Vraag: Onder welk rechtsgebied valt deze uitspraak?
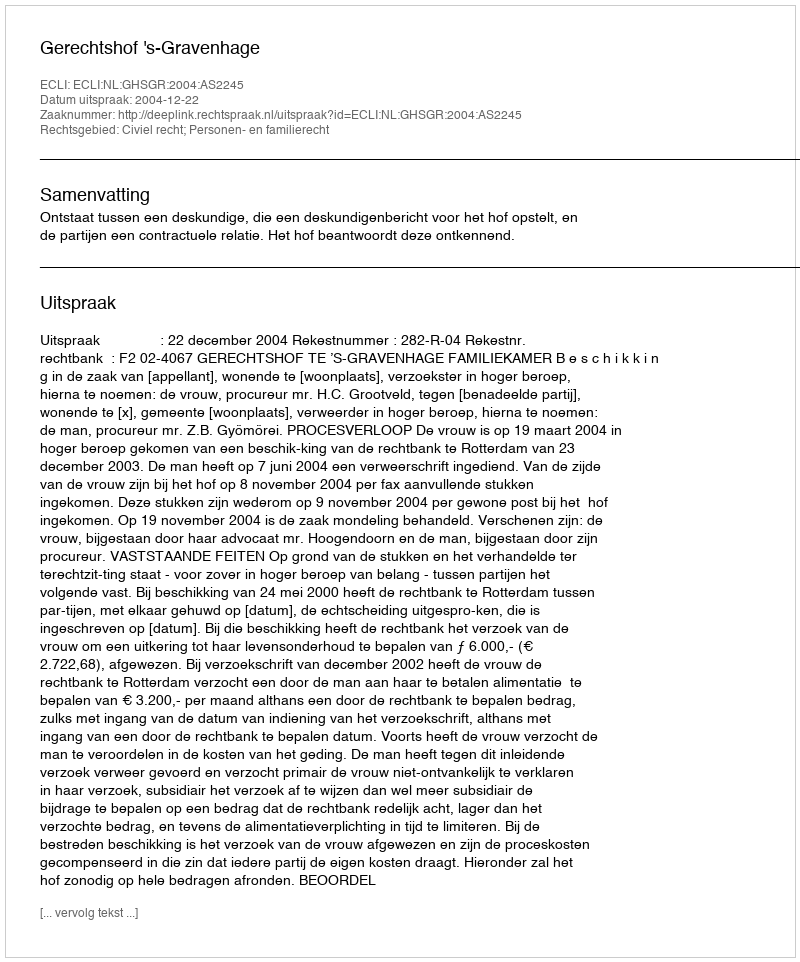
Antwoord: Civiel recht; Personen- en familierecht